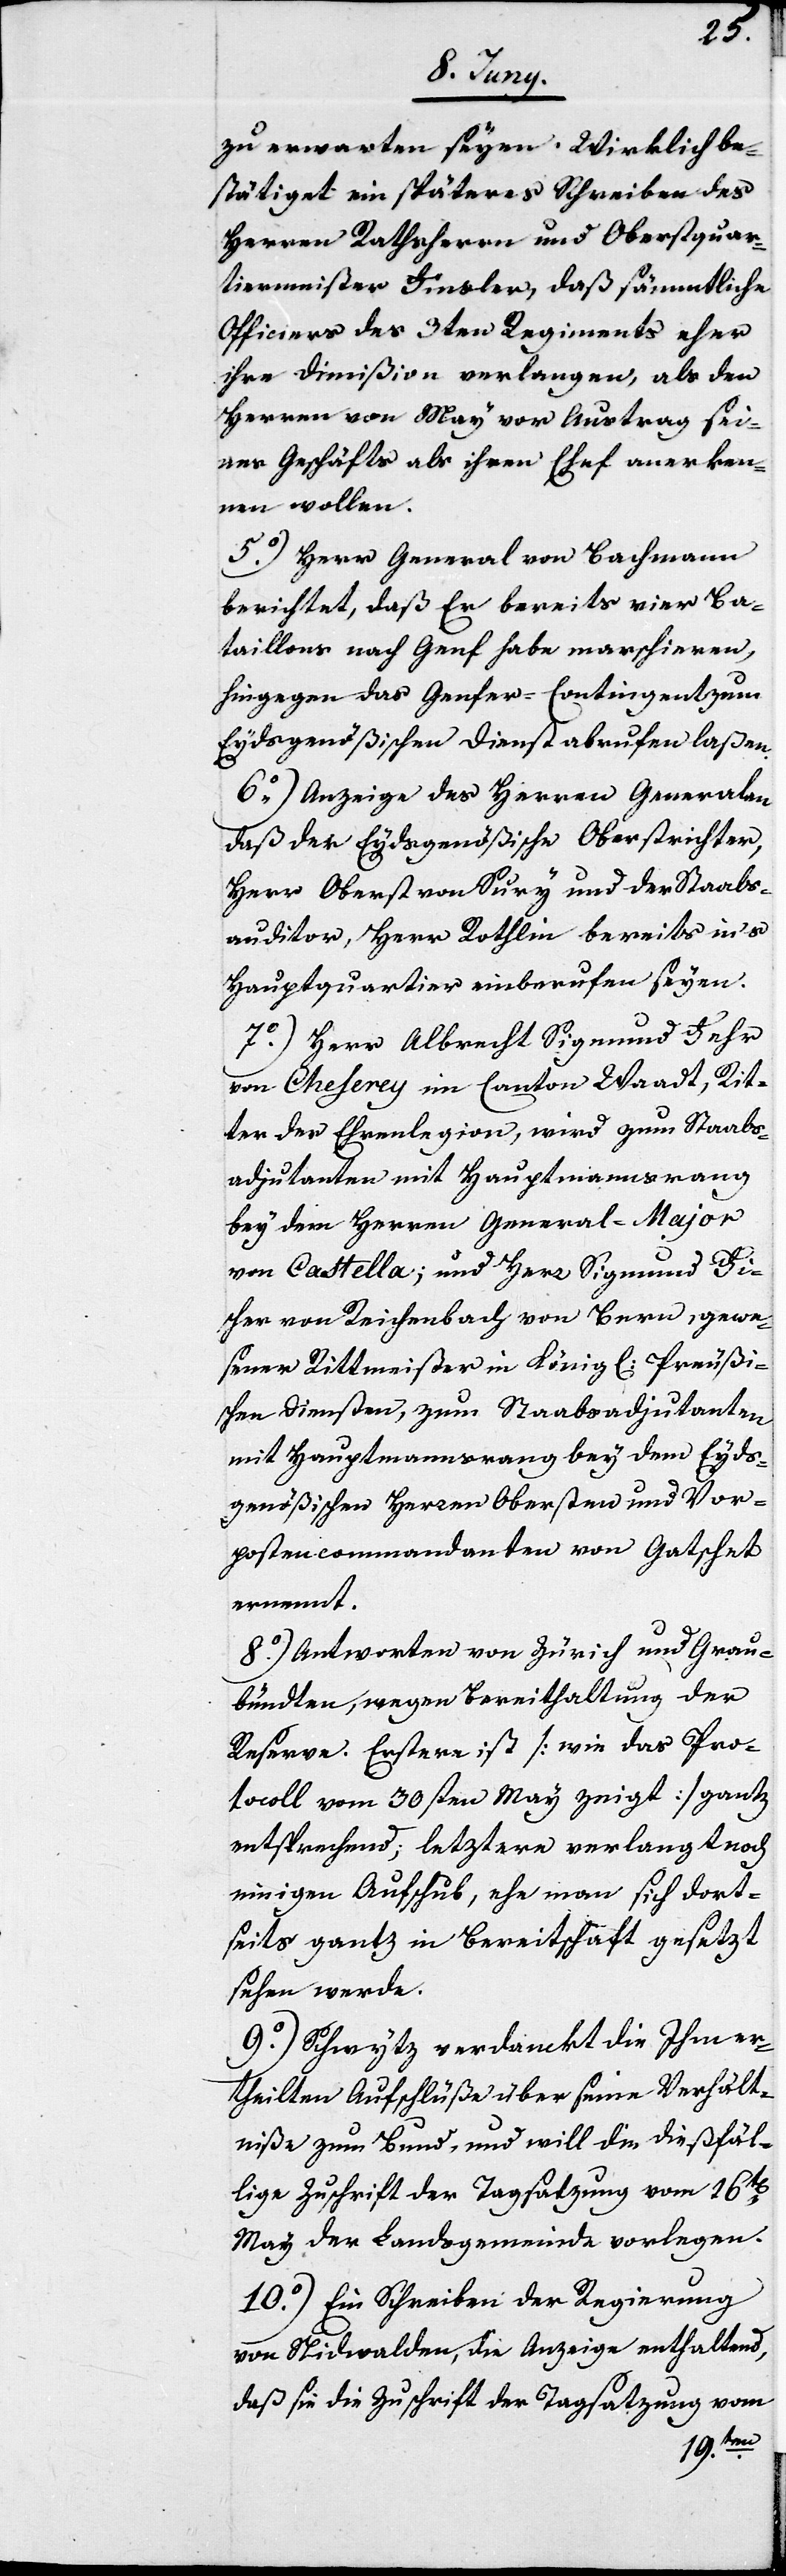
zu erwarten seyen. Wirklich be¬
stätiget ein späteres Schreiben des
Herren Rathsherrn und Oberstquar¬
tiermeister Finsler, daß sämmtliche
Officiers des 3ten Regiments eher
ihre Dimißion verlangen, als den
Herren von May vor Austrag sei¬
nes Geschäfts als ihren Chef anerken¬
nen wollen.
5o) Herr General von Bachmann
berichtet, daß Er bereits vier Ba¬
taillons nach Genf habe marschieren,
hingegen das Genfer-Contingent zum
Eydsgenößischen Dienst abrufen laßen.
6o) Anzeige des Herren Generalen
daß der Eydsgenößische Oberstrichter,
Herr Oberst von Sury und der Staabs¬
auditor, Herr Rothlin bereits ins
Hauptquartier einberufen seyen.
7o) Herr Albrecht Sigmund Fehr
von Cheserey im Canton Waadt, Rit¬
ter der Ehrenlegion, wird zum Staabs¬
adjutanten mit Hauptmannsrang
bey dem Herren General-Mayor
von Castella; und Herr Sigmund Fis¬
cher von Reichenbach von Bern, gewe¬
sener Rittmeister in König[lich] Preußi¬
schen Diensten, zum Staabsadjutanten
mit Hauptmannsrang bey dem Eyds¬
genößischen Herren Obersten und Vor¬
postencommandanten Gatschet
ernennt.
8o) Antworten von Zürich und Grau¬
bündten, wegen Bereithaltung der
Reserve. Erstere ist [wie das Pro¬
tocoll vom 30sten May zeigt] gantz
entsprechend; letztere verlangt noch
einigen Aufschub, ehe man sich dort¬
seits gantz in Bereitschaft gesetzt
sehen werde.
9o) Schwytz verdanckt die Ihm er¬
theilten Aufschlüße über seine Verhält¬
niße zum Bund, und will die dießfäl¬
lige Zuschrift der Tagsatzung vom 16t[en]
May der Landsgemeinde vorlegen.
10o) Ein Schreiben der Regierung
von Nidwalden, die Anzeige enthaltend,
daß sie die Zuschrift der Tagsatzung vom